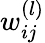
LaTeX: w_{ij}^{(l)}